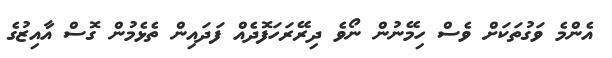
އެންމެ ވަގުތަކަށް ވެސް ހިމޭނުން ނޯވެ ދިރޭރަހަފޮދެއް ފަދައިން ތެޅެމުން ގޮސް އާއިޒުގެ